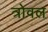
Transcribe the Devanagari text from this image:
त्रोवल